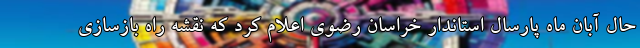
حال آبان ماه پارسال استاندار خراسان رضوی اعلام کرد که نقشه راه بازسازی